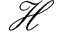
\mathcal { H }